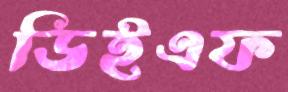
ডিইএফ